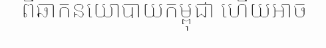
ពីឆាកនយោបាយកម្ពុជា ហើយអាច